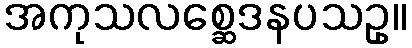
အကုသလစ္ဆေဒနပသဥှ။